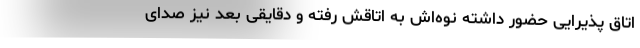
اتاق پذیرایی حضور داشته نوه‌اش به اتاقش رفته و دقایقی بعد نیز صدای